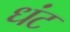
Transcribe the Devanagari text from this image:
धंट